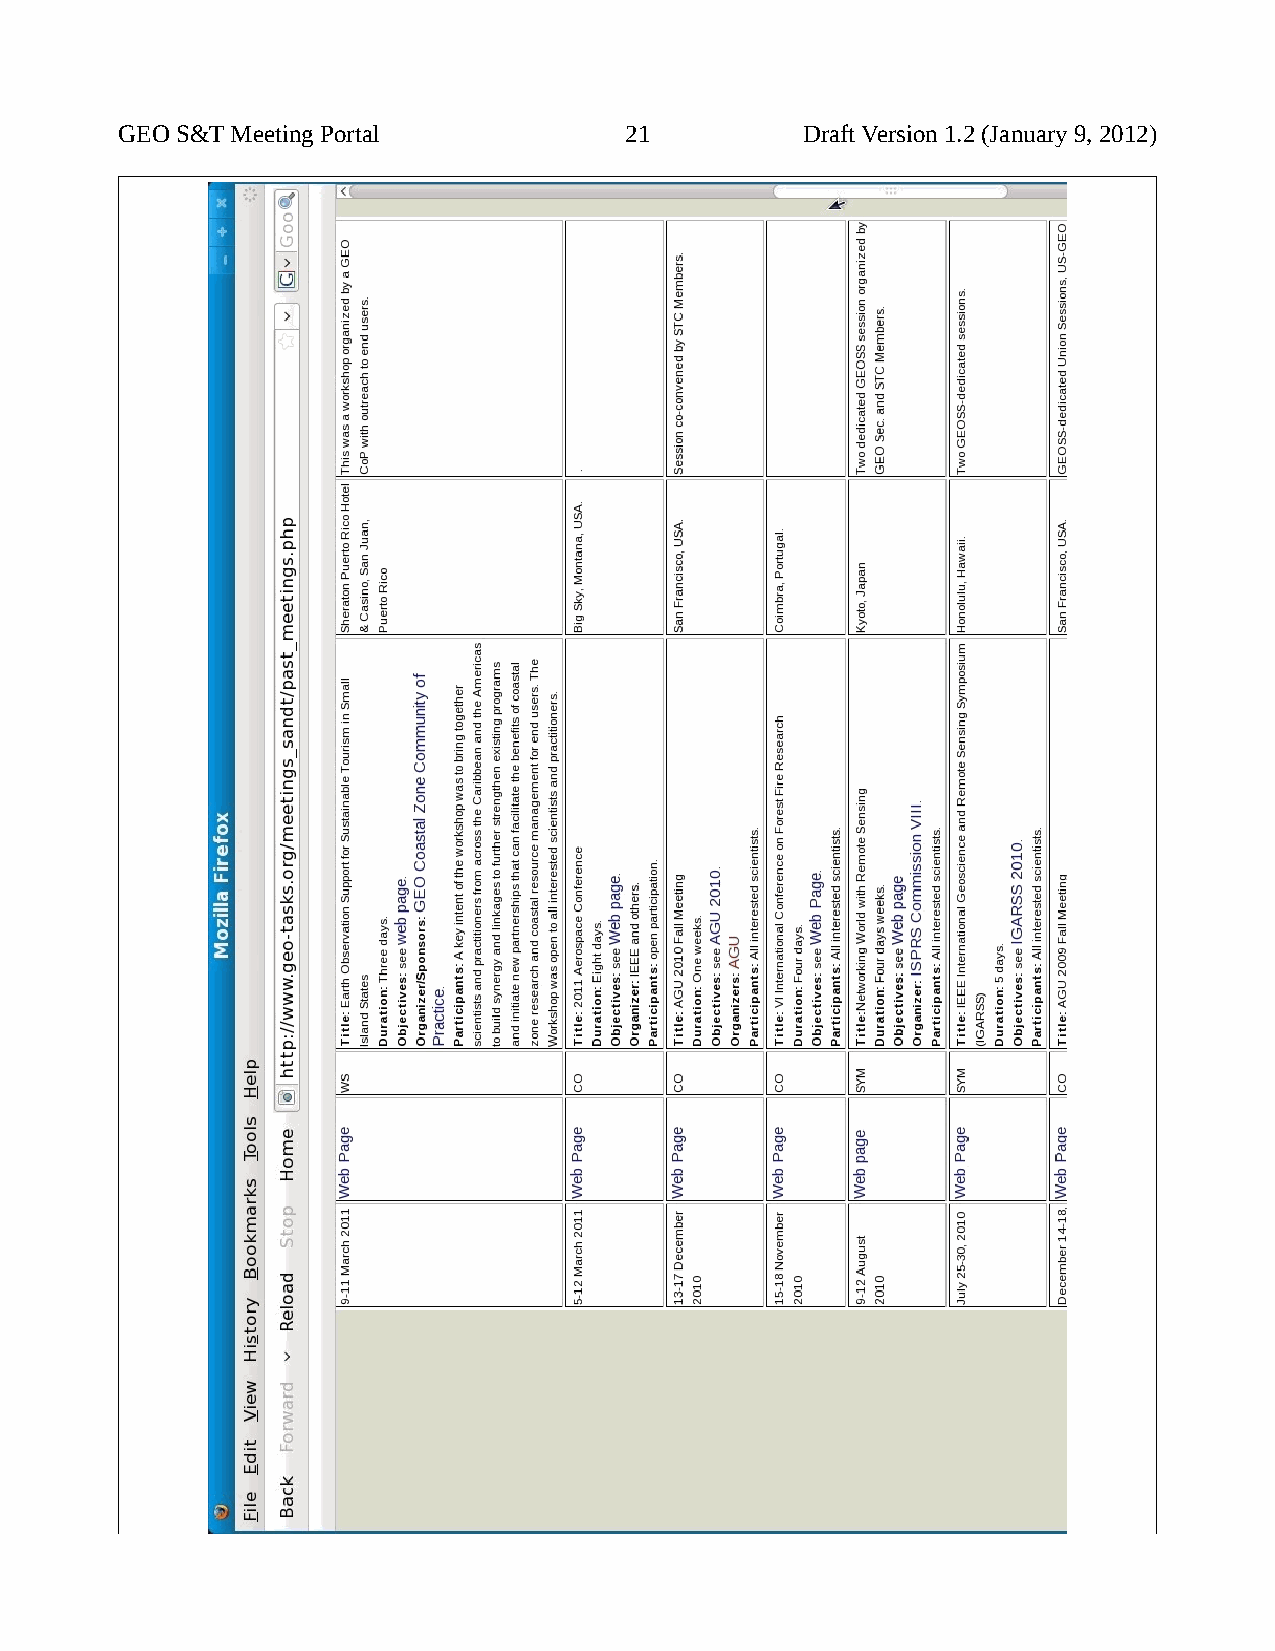
GEO S&T Meeting Portal           21          Draft Version 1.2 (January 9, 2012)